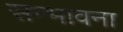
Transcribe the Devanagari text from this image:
सन्भावना